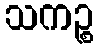
သကဉ္စ